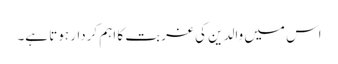
اس میں والدین کی غربت کا اہم کردار ہوتا ہے۔